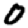
Digit: 0